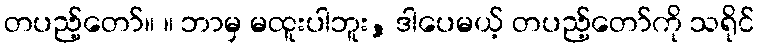
တပည့်တော်။ ။ ဘာမှ မထူးပါဘူး, ဒါပေမယ့် တပည့်တော်ကို သရိုင်